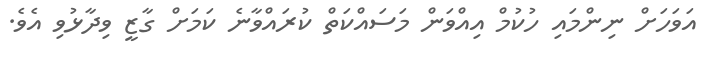
އަވަހަށް ނިންމަައި ހުކުމް އިއްވަން މަސައްކަތް ކުރައްވާނެ ކަމަށް ގާޒީ ވިދާޅުވި އެވެ.